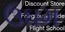
ઉઘમ